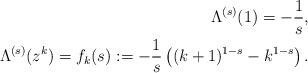
LaTeX: \begin{align*}\Lambda^{(s)}(1)=-\frac{1}{s}, \\ \ \ \Lambda^{(s)}(z^k) = f_k(s): = - \frac{1}{s} \left( (k+1)^{1-s} - k^{1-s}\right).\end{align*}